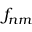
f _ { n m }